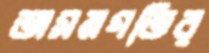
অসমগতির